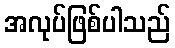
အလုပ်ဖြစ်ပါသည်